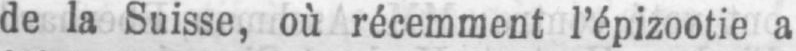
de la Suisse, où récemment l’épizootie a